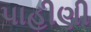
પાહીણી